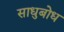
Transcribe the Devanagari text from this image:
साधुबोध